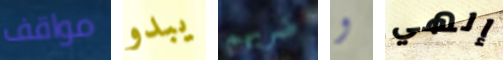
مواقف يبدو ضربهم و إلهي